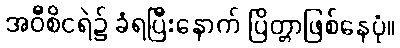
အဝီစိငရဲ၌ ခံရပြီးနောက် ပြိတ္တာဖြစ်နေပုံ။